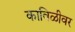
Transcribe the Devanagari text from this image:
काविळीवर